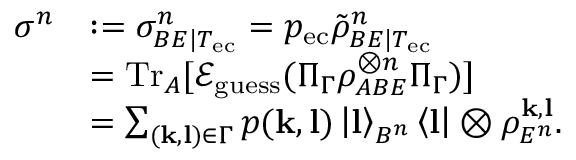
\begin{array} { r l } { \sigma ^ { n } } & { : = \sigma _ { B E | T _ { \mathrm { e c } } } ^ { n } = p _ { \mathrm { e c } } \tilde { \rho } _ { B E | T _ { \mathrm { e c } } } ^ { n } } \\ & { = \mathrm { T r } _ { A } [ \mathcal { E } _ { \mathrm { g u e s s } } ( \Pi _ { \Gamma } \rho _ { A B E } ^ { \otimes n } \Pi _ { \Gamma } ) ] } \\ & { = \sum _ { ( \mathbf { k } , \mathbf { l } ) \in \Gamma } p ( \mathbf { k } , \mathbf { l } ) \left\vert \mathbf { l } \right\rangle _ { B ^ { n } } \left\langle \mathbf { l } \right\vert \otimes \rho _ { E ^ { n } } ^ { \mathbf { k } , \mathbf { l } } . } \end{array}